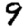
Digit: 9